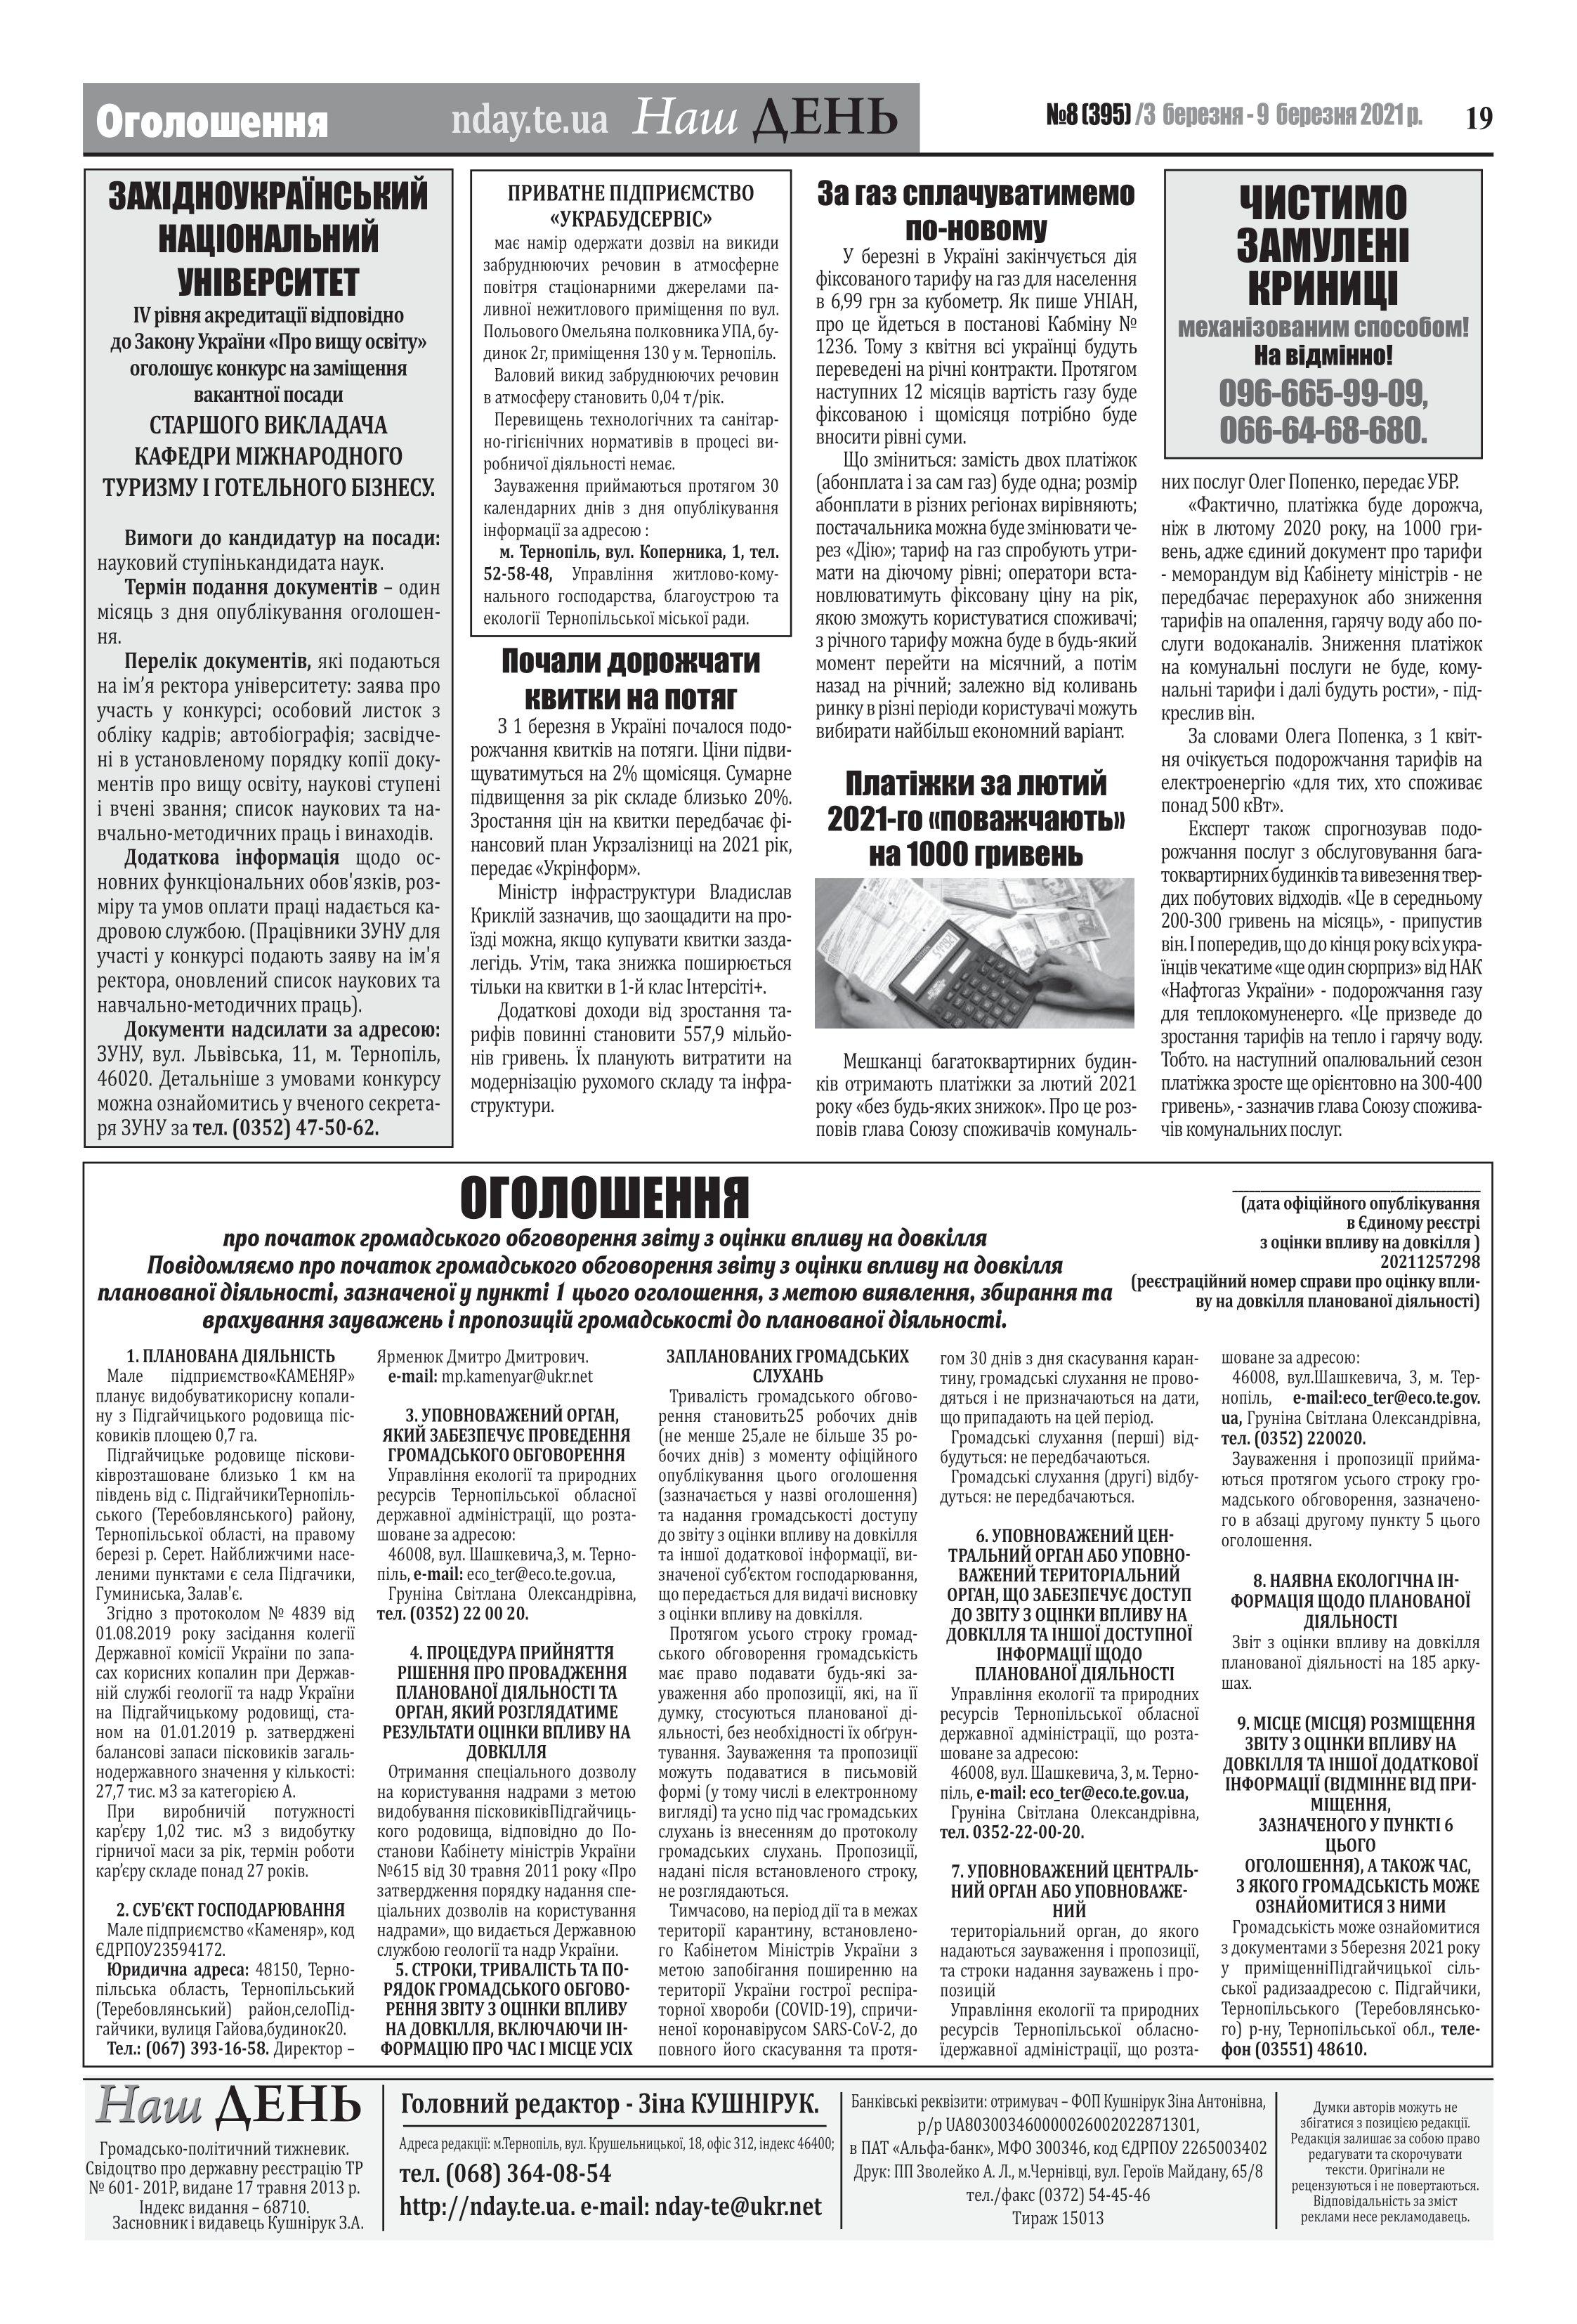
Language: uk